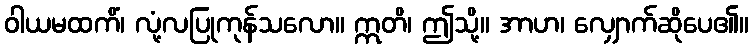
ဝါယမထကိံ၊ လုံ့လပြုကုန်သလော။ ဣတိ၊ ဤသို့။ အာဟ၊ လျှောက်ဆိုပေ၏။